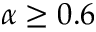
\alpha \ge 0 . 6